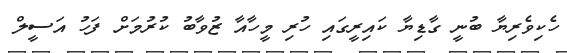
ހެކިވެރިޔާ ބުނީ ގާޑިޔާ ކައިރީގައި ހުރި މީހާއާ ޒުވާބު ކުރުމަށް ފަހު އަސީލް